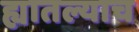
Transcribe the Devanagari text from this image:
ह्यातल्याच